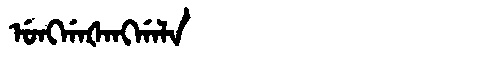
Manchu: ᡠᠩᡤᠠᡧᠠᠩᡤᠠᠯᠠ
Romanization: UNGGAŠANGGALA